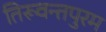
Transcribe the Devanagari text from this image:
तिरूवन्तपुरम